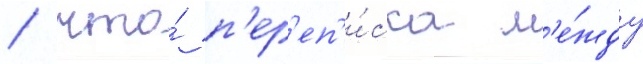
/ что́ п'ер'еп'и́ска м'е́жду